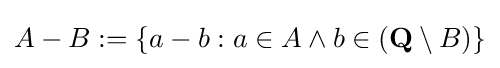
A-B:=\{a-b:a\in A\land b\in ({\textbf {Q}}\setminus B)\}